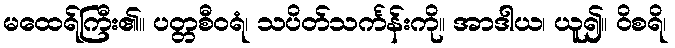
မထေရ်ကြီး၏။ ပတ္တစီဝရံ၊ သပိတ်သင်္ကန်းကို။ အာဒါယ၊ ယူ၍။ ဝိစရိ၊